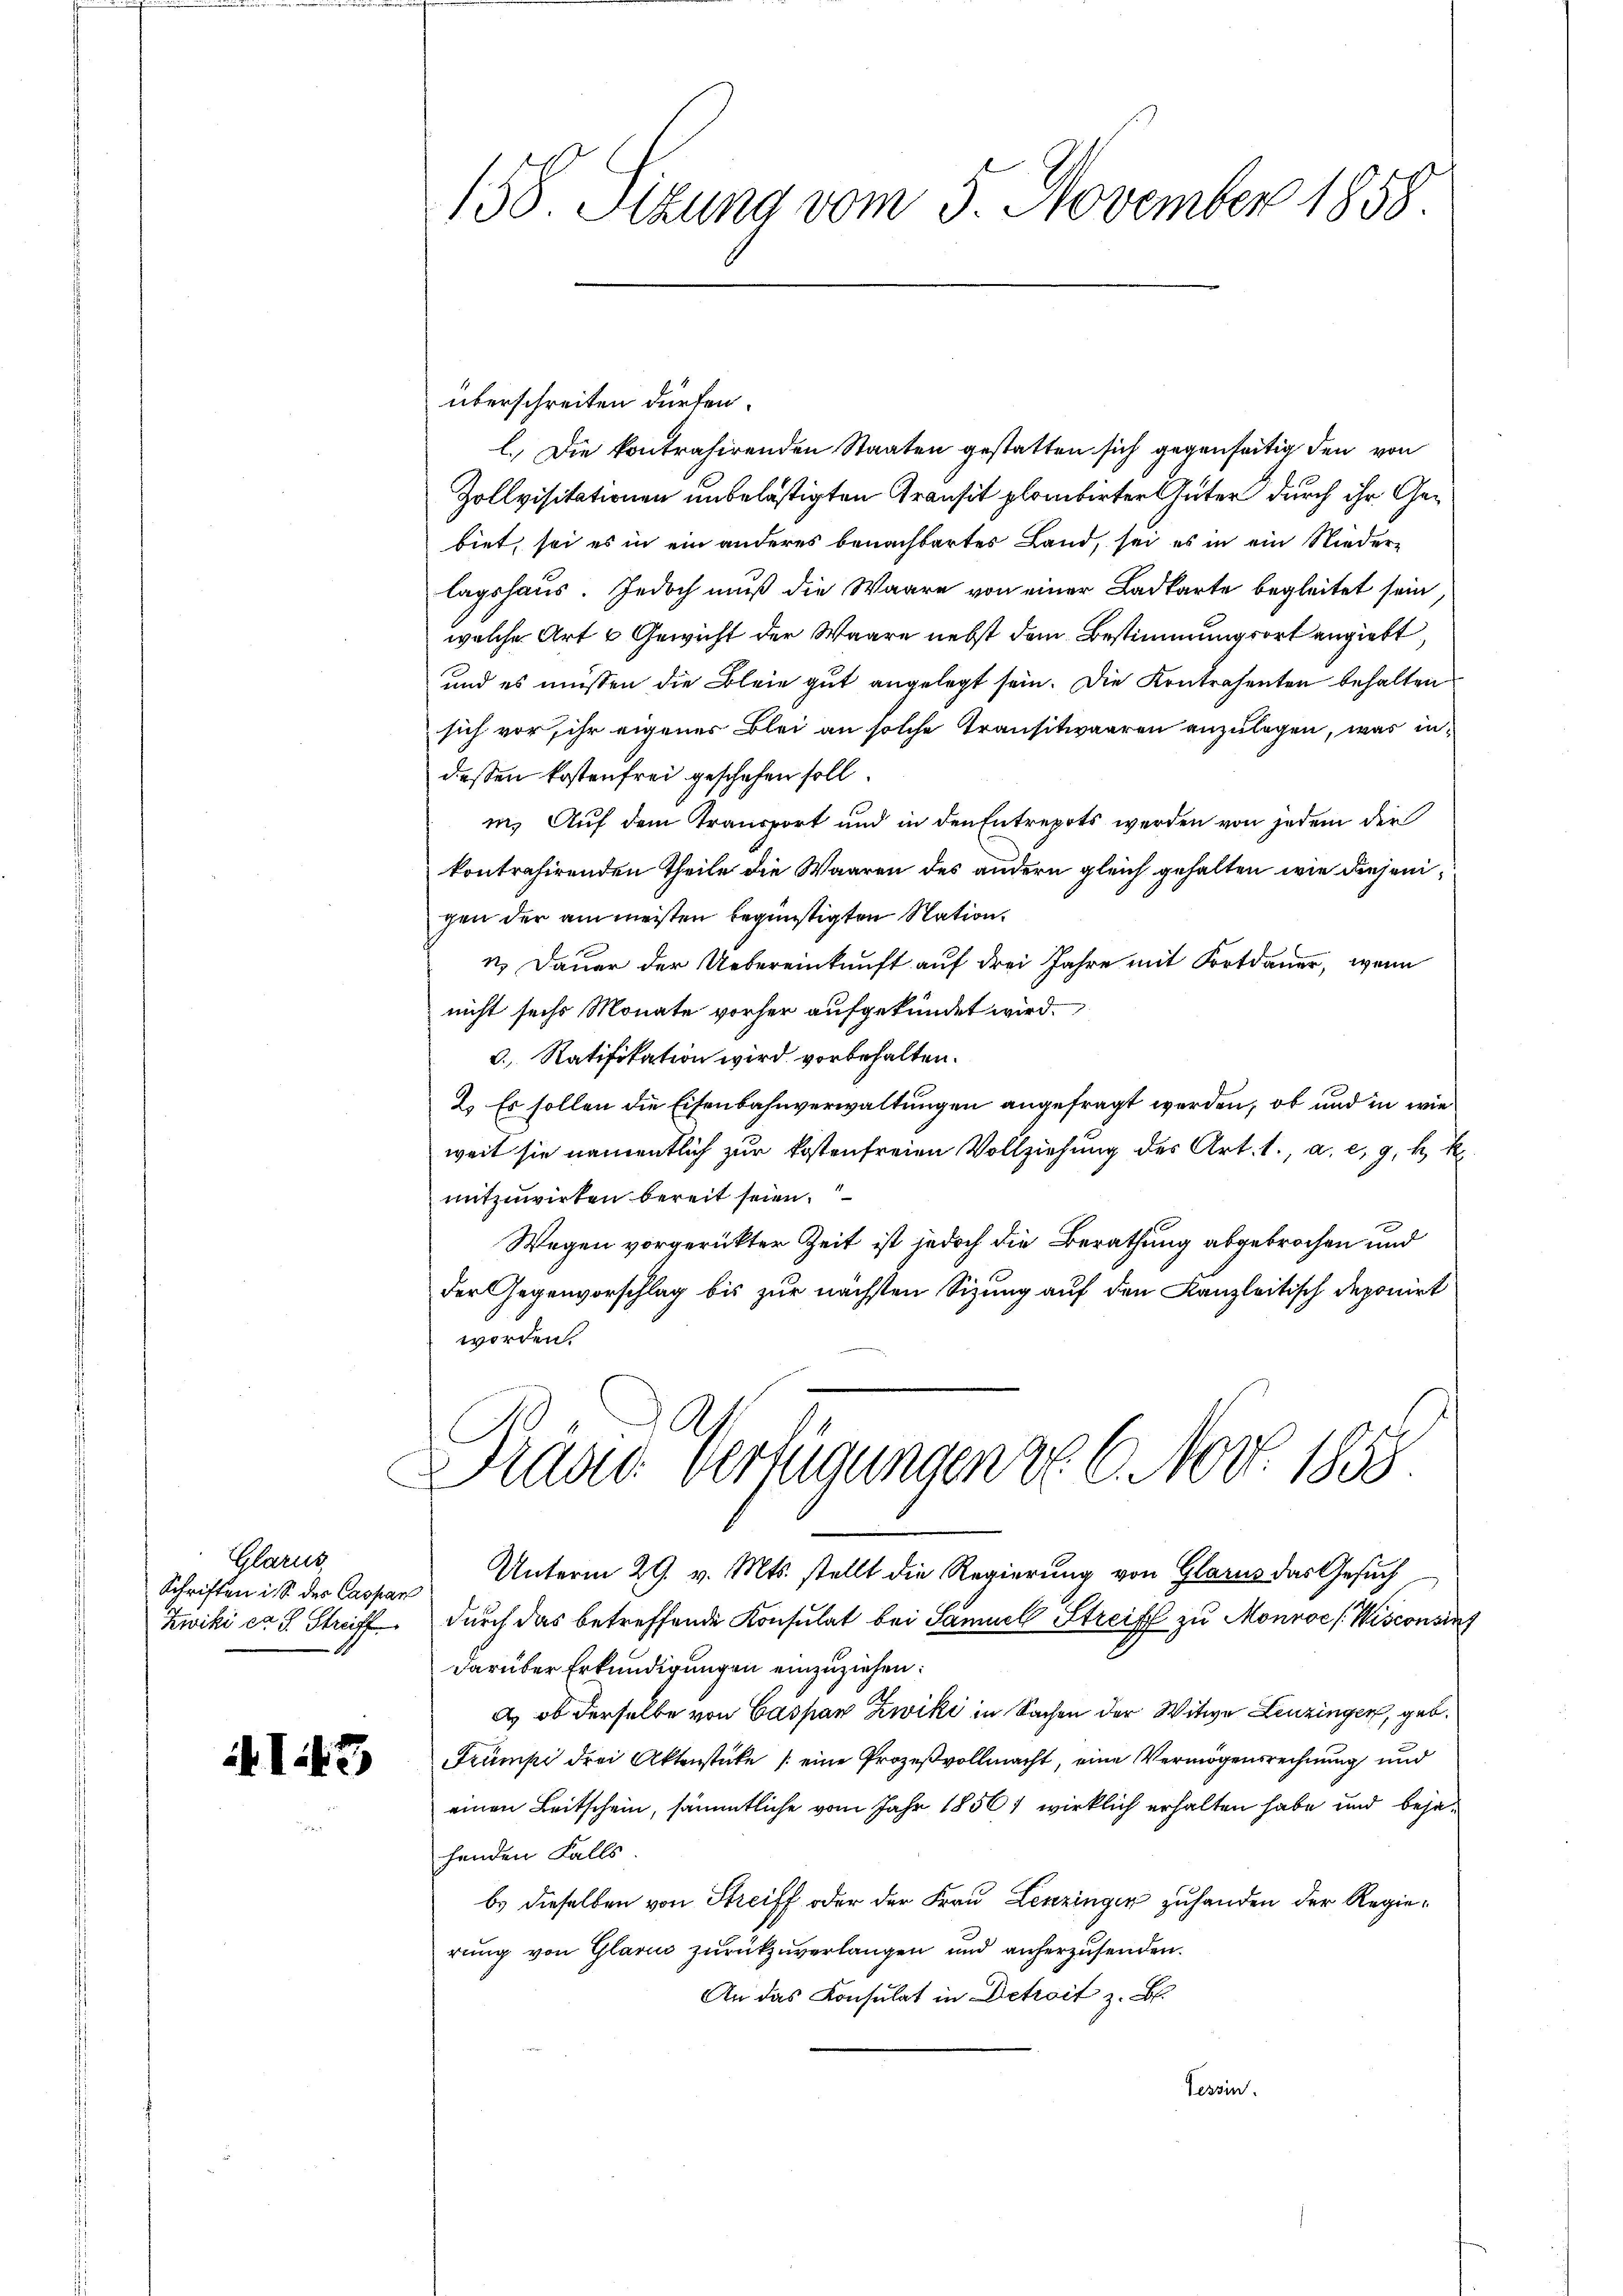
Glarus
Schriften in S. des Caspar
Zwiki er s. Streiff

I43

138. Sizung vom 5. November 1858

überschreiten dürfen.
l. Die kontrahirenden Staaten gestatten sich gegenseitig den von
Zollvisitationen unbelästigten Transit plombirter Güter durch ihr Gebiet, sei es in ein anderes benachbartes Land, sei es in ein Niederlagshaus. Jedoch muß die Waare von einer Ladkarte begleitet sein
welche Art & Gewicht der Waare nebst dem Bestimmungsort angiebt
und es müssen die Blein gut angelegt sein. Die Kontrahenten behalten
sich vor, ihr eigener Blei an solche Transitwaaren anzulegen, was indiesen Kostenfrei geschehen soll.
in. Auf dem Transport und in den Entrepots werden von jedem der
kontrahirenden Theile die Waaren des andern gleich gehalten, wie diejenigen der am meisten begünstigten Station.
n. Dauer der Uebereinkunft auf drei Jahre mit Fortdauer, wenn
nicht sechs Monate vorher aufgekündet wird.
v., Ratifikation wird vorbehalten.
2.) Es sollen die Eisenbahnverwaltungen angefragt werden, ob und in wie
weit sie namentlich zur kostenfreien Vollziehung des Art. 1., a. c. 9, k. k.
mitzuwirken bereit seien.
Wegen vorgerückter Zeit ist jedoch die Berathung abgebrochen und
der Gegenvorschlag bis zur nächsten Sizung auf den Kanzleitisch deponirt
worden.
Draad: Verfügungen v. 6. Nov. 1855
Unterm 29. v. Mts. stellt die Regierung von Glarus das Gesuch
durch das betreffende Konsulat bei Samuel Streiff zu Monvoc (Wisconsindarüber Erkundigungen einzuziehen:
a. ob derselbe von Caspar Zwiki in Sachen der Witwe Leuzingen, geb.
Trumpi drei Aktenstüke / eine Prozeßvollmacht, eine Vermögensrechnung und
einen Leitschein, sämmtliche vom Jahr 1850) wirklich erhalten habe und bejahenden Falls
b.) dieselben von Streiff oder der Frau Lenzingen zuhanden der Regierung von Glarus zurückzuverlangen und anherzusenden.
An das Konsulat in Detroit z. B.
Tessin.